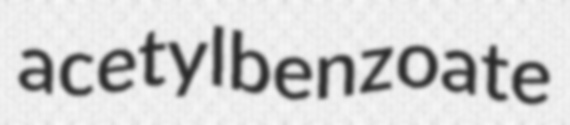
acetylbenzoate